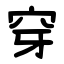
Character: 穿